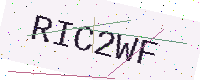
Text: RIC2WF